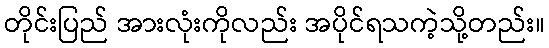
တိုင်းပြည် အားလုံးကိုလည်း အပိုင်ရသကဲ့သို့တည်း။